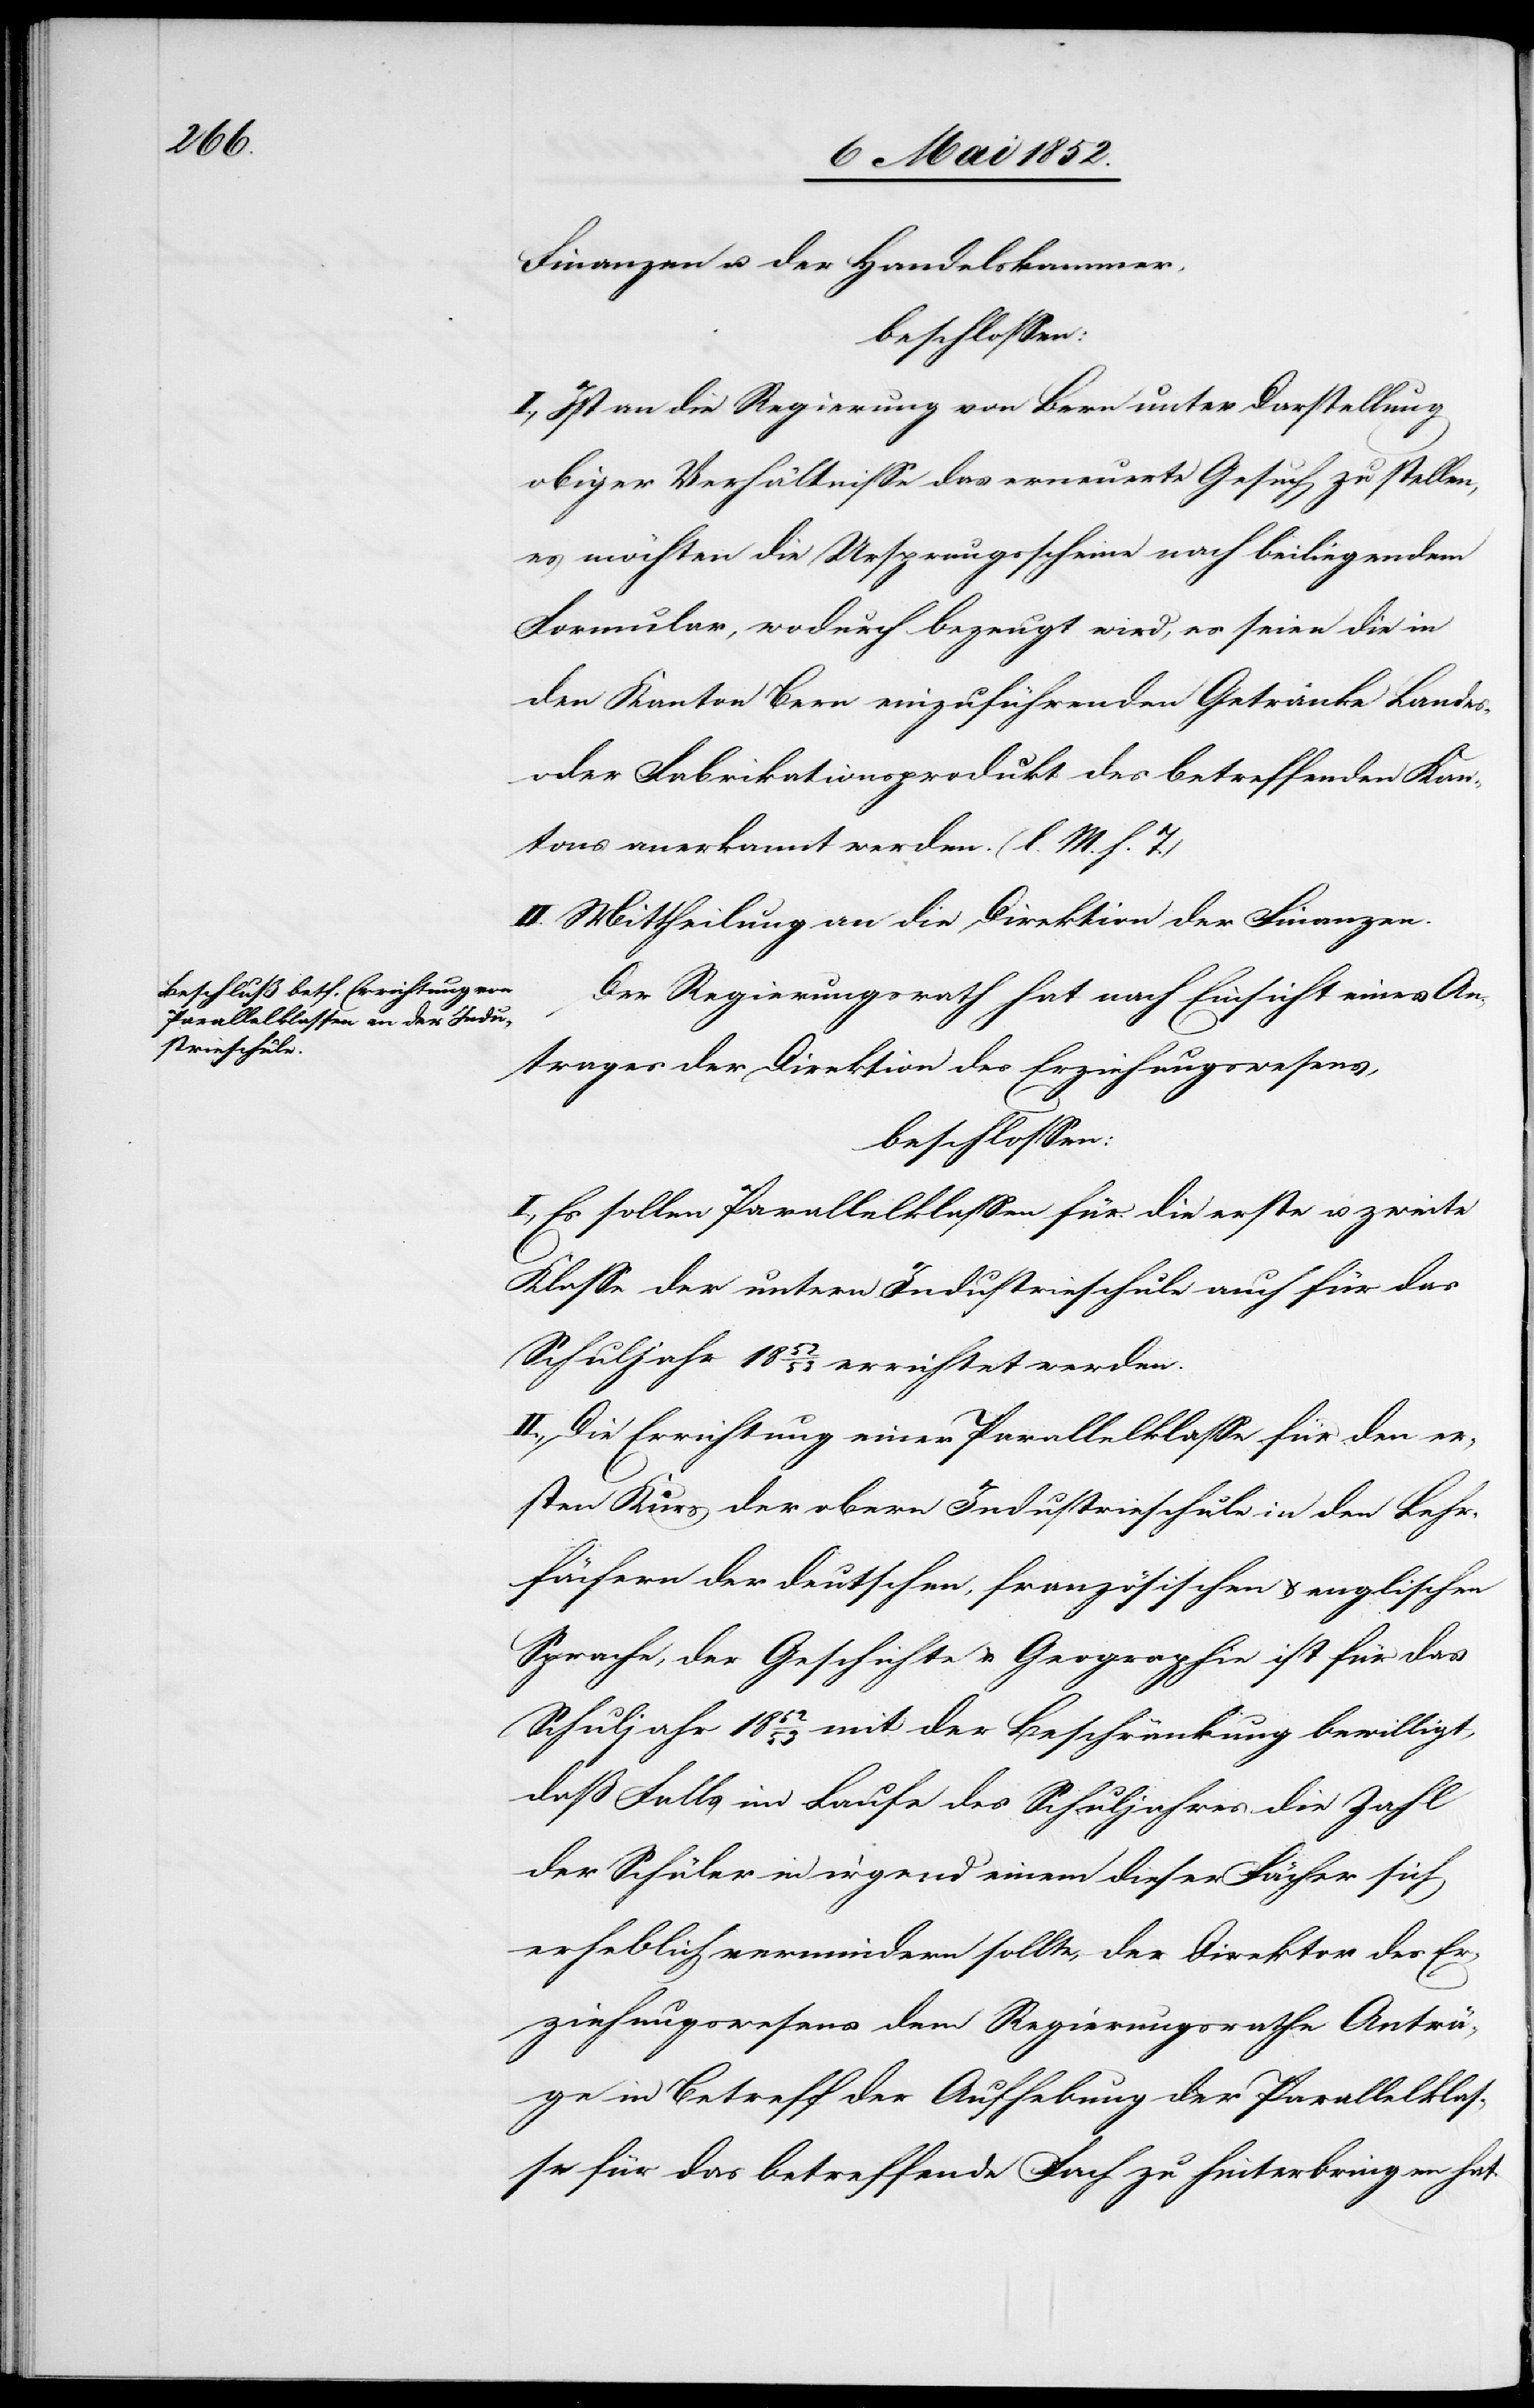
Finanzen u. der Handelskammer,
beschlossen:
I., Ist an die Regierung von Bern unter Darstellung
obiger Verhältnisse das erneuerte Gesuch zu stellen,
es möchten die Ursprungsscheine nach beiliegendem
Formular, wodurch bezeugt wird, es seien die in
den Kanton Bern einzuführenden Getränke Landes-
oder Fabrikationsprodukt des betreffenden Kan¬
tons anerkannt werden. (l. M. h. T.)
II. Mittheilung an die Direktion der Finanzen.
Der Regierungsrath hat nach Einsicht eines An¬
trages der Direktion des Erziehungswesens,
beschlossen:
I., Es sollen Parallelklassen für die erste u. zweite
Klasse der untern Industrieschule auch für das
Schuljahr 1852/53 errichtet werden.
II., Die Errichtung einer Parallelklasse für den er¬
sten Kurs der obern Industrieschule in den Lehr¬
fächern der deutschen, französischen & englischen
Sprache, der Geschichte & Geographie ist für das
Schuljahr 1852/53 mit der Beschränkung bewilligt,
daß Falls im Laufe des Schuljahres die Zahl
der Schüler in irgend einem dieser Fächer sich
erheblich vermindern sollte, der Direktor des Er¬
ziehungswesens dem Regierungsrathe Anträ¬
ge in Betreff der Aufhebung der Parallelklas¬
se für das betreffende Fach zu hinterbringen hat.